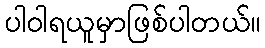
ပါဝါရယူမှာဖြစ်ပါတယ်။